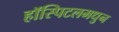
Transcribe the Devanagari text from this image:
हॉस्पिटलमधुन